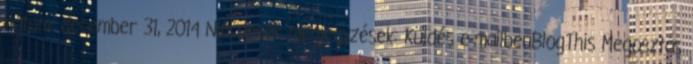
dátum: december 31, 2014 Nincsenek megjegyzések: Küldés e-mailbenBlogThis Megosztás